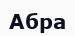
Абра